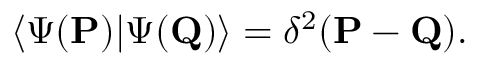
\langle \Psi ( { \bf P } ) | \Psi ( { \bf Q } ) \rangle = \delta ^ { 2 } ( { \bf P } - { \bf Q } ) .